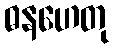
ဓနဟေတု